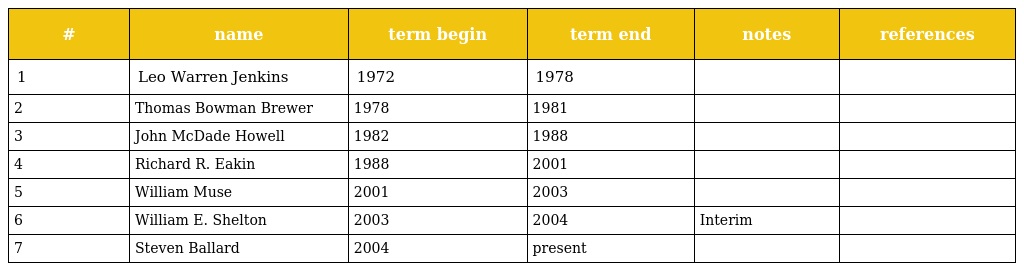
| # | name | term begin | term end | notes | references |
 | --- | --- | --- | --- | --- | --- |
 | 1 | Leo Warren Jenkins | 1972 | 1978 |  |  |
 | 2 | Thomas Bowman Brewer | 1978 | 1981 |  |  |
 | 3 | John McDade Howell | 1982 | 1988 |  |  |
 | 4 | Richard R. Eakin | 1988 | 2001 |  |  |
 | 5 | William Muse | 2001 | 2003 |  |  |
 | 6 | William E. Shelton | 2003 | 2004 | Interim |  |
 | 7 | Steven Ballard | 2004 | present |  |  |